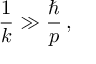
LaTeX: \frac { 1 } { k } \gg \frac { \hbar } { p } \, ,